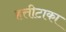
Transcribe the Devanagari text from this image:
हत्तीटाका